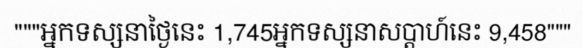
"""អ្នកទស្សនាថ្ងៃនេះ 1,745អ្នកទស្សនាសប្តាហ៍នេះ 9,458"""